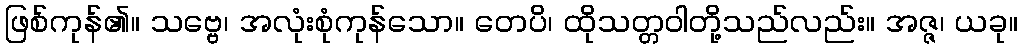
ဖြစ်ကုန်၏။ သဗ္ဗေ၊ အလုံးစုံကုန်သော။ တေပိ၊ ထိုသတ္တဝါတို့သည်လည်း။ အဇ္ဇ၊ ယခု။